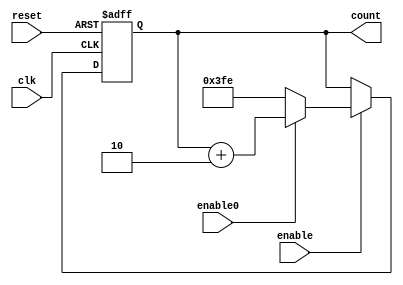
`timescale 1ns / 1ps
//////////////////////////////////////////////////////////////////////////////////
// Company: 
// Engineer: 
// 
// Design Name: 
// Module Name: blocking_counter
// Project Name: 
// Target Devices: 
// Tool Versions: 
// Description: 
// 
// Dependencies: 
// 
// Revision:
// Revision 0.01 - File Created
// Additional Comments:
// 
//////////////////////////////////////////////////////////////////////////////////


module counter_disable_b(reset,clk,enable,count,enable0);
input reset,clk;
input enable;
input enable0;
output reg[9:0]count;

always@(posedge clk or posedge reset)
begin
if(reset) begin

count=10'd0;

end
else if(enable)
begin
if(enable0==0)
count=10'b1_1111_1111_0;
else if(enable0==1)
count=count+2;
end
else begin
count=count;
end

end

endmodule